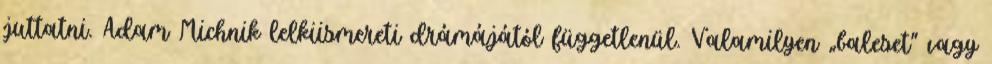
juttatni. Adam Michnik lelkiismereti drámájától függetlenül. Valamilyen „baleset” vagy